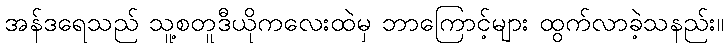
အန်ဒရေသည် သူ့စတူဒီယိုကလေးထဲမှ ဘာကြောင့်များ ထွက်လာခဲ့သနည်း။